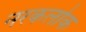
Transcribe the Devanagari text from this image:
नरकलोक